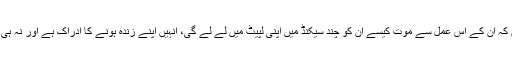
اُن کو ادراک ہی نہیں کہ اُن کے اِس عمل سے موت کیسے اُن کو چند سیکنڈ میں اپنی لپیٹ میں لے لے گی، انہیں اپنے زندہ ہونے کا ادراک ہے اور نہ ہی زندہ ہونے کا شعور۔